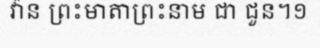
វ៉ាន ព្រះមាតាព្រះនាម ជា ជួន។១